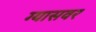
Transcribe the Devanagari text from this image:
ग्यासवर